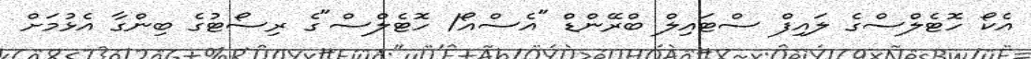
އެކޯ ހޮޓެލްސްގެ ލައިފް ސްޓައިލް ބްރޭންޑް "އެސްއޯ/ ހޮޓެލްސް"ގެ ރިސޯޓުގެ ބިންގާ އެޅުމަށް